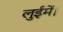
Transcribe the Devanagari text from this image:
लुईमें।